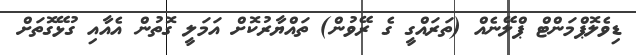
ޑިވެލޮޕްމަންޓް ޕްލޭނެއް (ތަރައްގީ ގެ ރޭވުން) ތައްޔާރުކޮށް އަމަލީ ގޮތުން އެއާއި ގުޅޭގޮތަށް